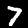
Label: 7